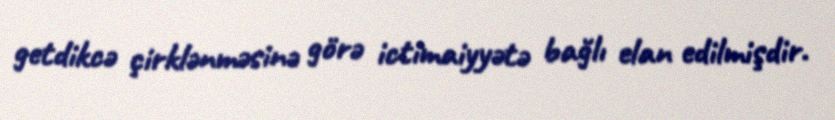
getdikcə çirklənməsinə görə ictimaiyyətə bağlı elan edilmişdir.